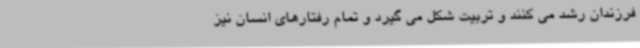
فرزندان رشد می کنند و تربیت شکل می گیرد و تمام رفتارهای انسان نیز